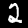
Label: 2